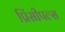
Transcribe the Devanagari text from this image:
प्रिंसीपल्स